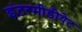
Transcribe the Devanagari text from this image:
इंटरमीडीयेट